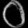
Digit: ၀